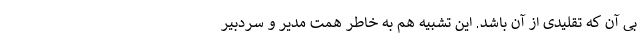
بی آن که تقلیدی از آن باشد. این تشبیه هم به خاطر همت مدیر و سردبیر